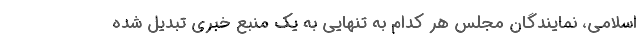
اسلامی، نمایندگان مجلس هر کدام به تنهایی به یک منبع خبری تبدیل شده